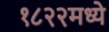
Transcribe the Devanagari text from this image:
१८२२मध्ये